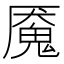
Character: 魇